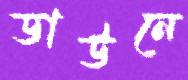
ডাউনে